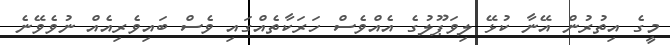
މީގެ އިތުރުން އޭނާ ކުޅޭ ލިވަޕޫލުގެ އެއްވެސް ހަރަކާތެއްގައި ވެސް ބައިވެރިއެއް ނުވެވޭނެ